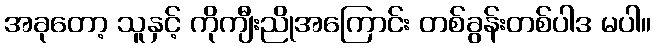
အခုတော့ သူနှင့် ကိုကျီးညိုအကြောင်း တစ်ခွန်းတစ်ပါဒ မပါ။